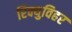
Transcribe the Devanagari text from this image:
रिक्युविहर